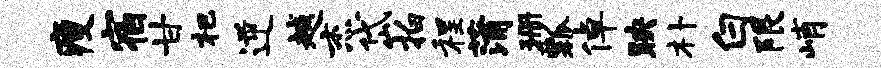
瘦宿甘杷逆越杰岱拍程蒲珊瓢倬映朴白限峭